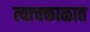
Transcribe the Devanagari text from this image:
त्याचकाळात